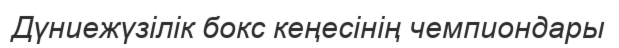
Дүниежүзілік бокс кеңесінің чемпиондары